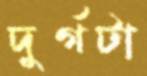
দুর্গটা